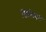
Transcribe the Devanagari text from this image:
डिलिंघम